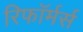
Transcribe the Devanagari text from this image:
रिफॉर्मर्स